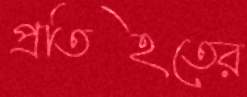
প্রতিহতের